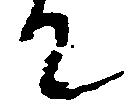
て